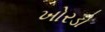
ખોરડો